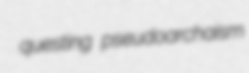
questing pseudoarchaism